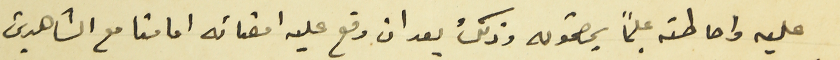
عليه واحاطته عليماً بمضمونه وذلك بعد ان وقع عليه امضائه امامنا مع الشاهدين